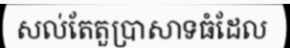
សល់តែតួប្រាសាទធំដែល